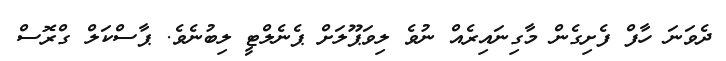
ދެވަނަ ހާފް ފެށިގެން މާގިނައިރެއް ނުވެ ލިވަޕޫލަށް ޕެނެލްޓީ ލިބުނެވެ. ޕާސްކަލް ގްރޮސް